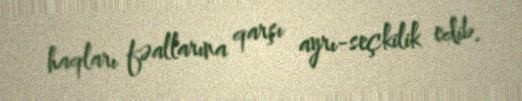
haqları fəallarına qarşı ayrı-seçkilik edib.